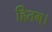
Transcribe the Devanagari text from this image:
हितम्।